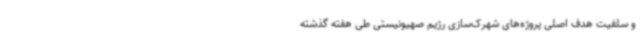
و سلفیت هدف اصلی پروژه‌های شهرک‌سازی رژیم صهیونیستی طی هفته گذشته